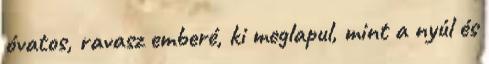
óvatos, ravasz emberé, ki meglapul, mint a nyúl és